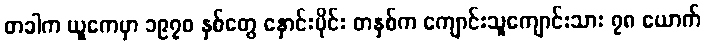
တခါက ယူကေမှာ ၁၉၇၀ နှစ်တွေ နှောင်းပိုင်း တနှစ်က ကျောင်းသူကျောင်းသား ၇၈ ယောက်